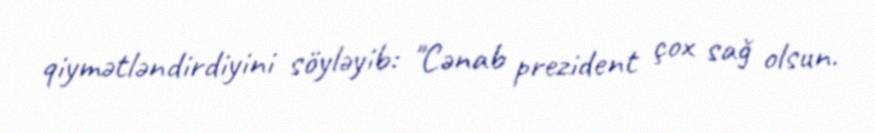
qiymətləndirdiyini söyləyib: "Cənab prezident çox sağ olsun.